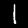
Label: 1